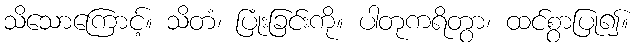
သိသောကြောင့်။ သိတံ၊ ပြုံးခြင်းကို။ ပါတုကရိတွာ၊ ထင်စွာပြု၍။